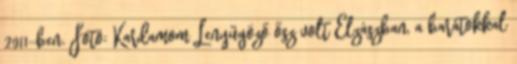
2011-ben. Fotó: Kardamom Lenyűgöző ősz volt Elzászban, a barátokkal